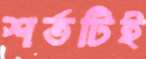
শর্তটিই